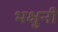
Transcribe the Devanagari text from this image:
भक्षुनी